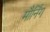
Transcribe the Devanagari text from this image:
मौर्निंग